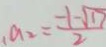
a _ { 2 } = \frac { - 1 - \sqrt { 1 7 } } { 2 }